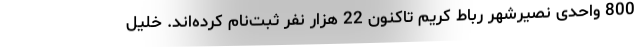
800 واحدی نصیرشهر رباط کریم تاکنون 22 هزار نفر ثبت‌نام کرده‌اند. خلیل